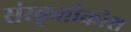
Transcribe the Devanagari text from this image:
संस्कृतीकोश